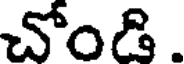
చోండి.